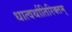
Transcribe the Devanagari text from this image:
धात्वर्थातिरिक्तम्